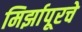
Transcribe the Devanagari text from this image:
मिर्झापूरचे